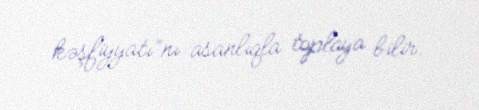
kəşfiyyatı”nı asanlıqla toplaya bilir.